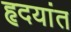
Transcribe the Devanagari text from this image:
हृदयांत